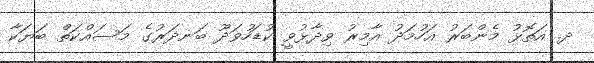
ދ. އަތޮޅު މެންބަރު އަހުމަދު އާމިރު ވިދާޅުވީ ކުޑަހުވަދޫ ބަނދަރުގެ މަސައްކަތް ބަޔަކާ